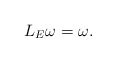
\begin{align*}L_{E}\omega = \omega.\end{align*}